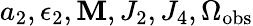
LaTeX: a_{2},\epsilon_{2},\mathbf{M},J_{2},J_{4},\Omega_{\mathrm{{obs}}}